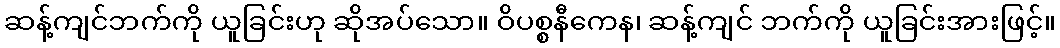
ဆန့်ကျင်ဘက်ကို ယူခြင်းဟု ဆိုအပ်သော။ ဝိပစ္စနီကေန၊ ဆန့်ကျင် ဘက်ကို ယူခြင်းအားဖြင့်။